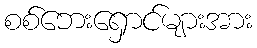
စစ်ဘေးရှောင်များအား